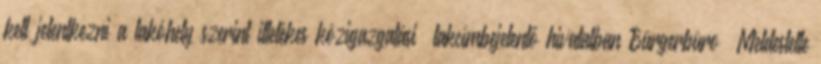
kell jelentkezni a lakóhely szerint illetékes közigazgatási lakcímbejelentő hivatalban Bürgerbüro Meldestelle